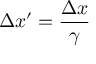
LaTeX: \Delta x ^ { \prime } = { \frac { \Delta x } { \gamma } }